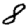
Digit: 8